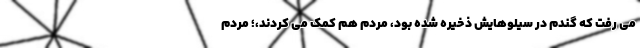
می رفت که گندم در سیلوهایش ذخیره شده بود، مردم هم کمک می کردند،؛ مردم